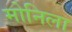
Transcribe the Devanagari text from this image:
मोनिला